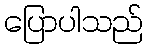
ပြောပါသည်